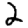
Digit: 2